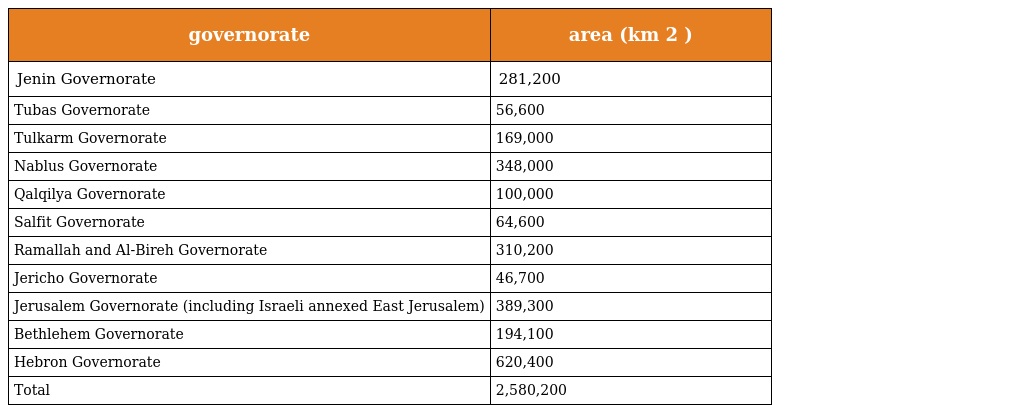
| governorate | area (km 2 ) |
 | --- | --- |
 | Jenin Governorate | 281,200 |
 | Tubas Governorate | 56,600 |
 | Tulkarm Governorate | 169,000 |
 | Nablus Governorate | 348,000 |
 | Qalqilya Governorate | 100,000 |
 | Salfit Governorate | 64,600 |
 | Ramallah and Al-Bireh Governorate | 310,200 |
 | Jericho Governorate | 46,700 |
 | Jerusalem Governorate (including Israeli annexed East Jerusalem) | 389,300 |
 | Bethlehem Governorate | 194,100 |
 | Hebron Governorate | 620,400 |
 | Total | 2,580,200 |